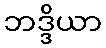
ဘဒ္ဒိယာ